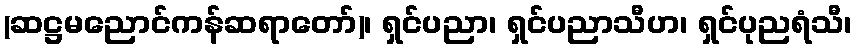
(ဆဋ္ဌမညောင်ကန်ဆရာတော်)၊ ရှင်ပညာ၊ ရှင်ပညာသီဟ၊ ရှင်ပုညရံသီ၊